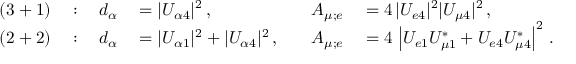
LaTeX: \begin{array} { r l r l r l } { { \mathrm { ( 3 + 1 ) } } } & { { } { { } : \: } } & { { d _ { \alpha } } } & { { } { { } = | U _ { \alpha 4 } | ^ { 2 } \, , \quad } } & { { A _ { \mu ; e } } } & { { } { { } = 4 \, | U _ { e 4 } | ^ { 2 } | U _ { \mu 4 } | ^ { 2 } \, , } } \\ { { \mathrm { ( 2 + 2 ) } } } & { { } { { } : \: } } & { { d _ { \alpha } } } & { { } { { } = | U _ { \alpha 1 } | ^ { 2 } + | U _ { \alpha 4 } | ^ { 2 } \, , \quad } } & { { A _ { \mu ; e } } } & { { } { { } = 4 \, \left| U _ { e 1 } U _ { \mu 1 } ^ { * } + U _ { e 4 } U _ { \mu 4 } ^ { * } \right| ^ { 2 } \, . } } \end{array}